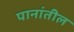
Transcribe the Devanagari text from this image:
पानांतील